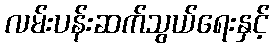
လမ်းပန်းဆက်သွယ်ရေးနှင့်